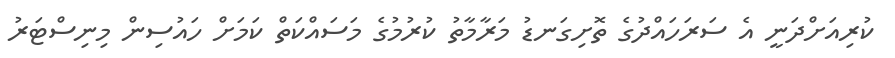
ކުރިއަށްދަނީ އެ ސަރަހައްދުގެ ތޮށިގަނޑު މަރާމާތު ކުރުމުގެ މަސައްކަތް ކަމަށް ހައުސިން މިނިސްޓަރު